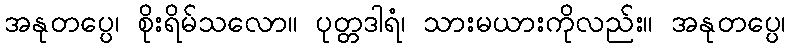
အနုတပ္ပေ၊ စိုးရိမ်သလော။ ပုတ္တဒါရံ၊ သားမယားကိုလည်း။ အနုတပ္ပေ၊